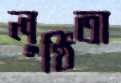
লুণ্ঠিতা